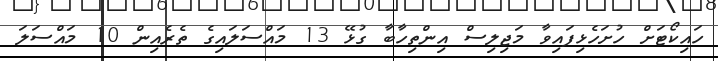
ހައިކޯޓަށް ހުށަހެޅިފައިވާ މަޖިލިސް އިންތިހާބާ ގުޅޭ 13 މައްސަލައިގެ ތެރެއިން 10 މައްސަލަ